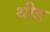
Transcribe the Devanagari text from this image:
थीड